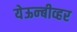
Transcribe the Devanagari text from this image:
येऊन्बीव्हर